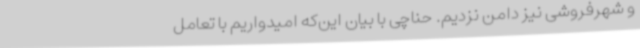
و شهرفروشی نیز دامن نزدیم. حناچی با بیان این‌که امیدواریم با تعامل